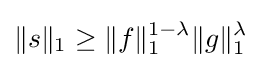
\|s\|_{1}\geq \|f\|_{1}^{1-\lambda }\|g\|_{1}^{\lambda }